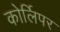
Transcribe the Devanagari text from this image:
कोर्लिपर